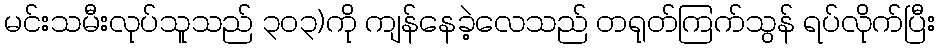
မင်းသမီးလုပ်သူသည် ၃၀၃)ကို ကျန်နေခဲ့လေသည် တရုတ်ကြက်သွန် ရပ်လိုက်ပြီး